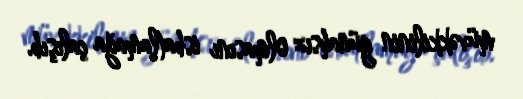
müvəkkilinin günahsız olmasını isbatlamağa çalışıb.